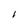
Character: I